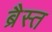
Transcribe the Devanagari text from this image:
ब्रैस्त